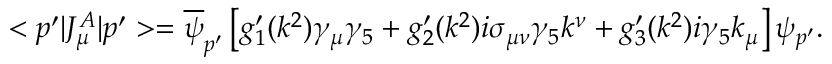
< p ^ { \prime } | J _ { \mu } ^ { A } | p ^ { \prime } > = \overline { { \psi } } _ { p ^ { \prime } } \left[ g _ { 1 } ^ { \prime } ( k ^ { 2 } ) \gamma _ { \mu } \gamma _ { 5 } + g _ { 2 } ^ { \prime } ( k ^ { 2 } ) i \sigma _ { \mu \nu } \gamma _ { 5 } k ^ { \nu } + g _ { 3 } ^ { \prime } ( k ^ { 2 } ) i \gamma _ { 5 } k _ { \mu } \right] \psi _ { p ^ { \prime } } .